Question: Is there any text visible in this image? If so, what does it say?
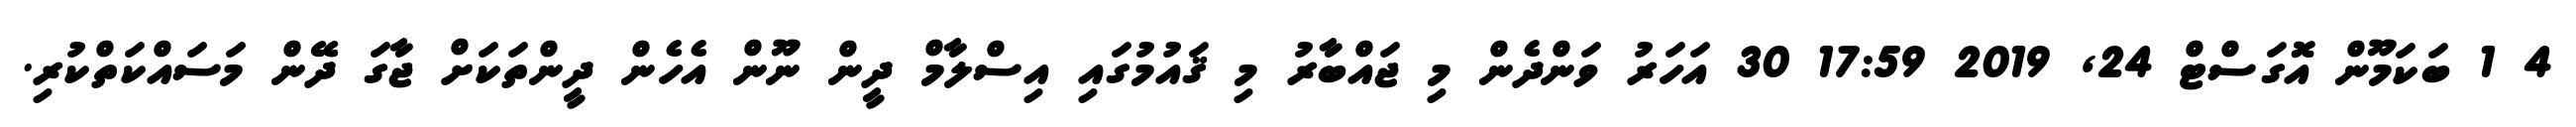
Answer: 4 1 ބަކަމޫން އޮގަސްޓް 24, 2019 17:59 30 އަހަރު ވަންދެން މި ޖައްބާރު މި ޤައުމުގައި އިސްލާމް ދީން ނޫން އެހެން ދީންތަކަށް ޖާގަ ދޭން މަސައްކަތްކުރި.